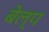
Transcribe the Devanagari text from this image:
बेल्प